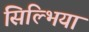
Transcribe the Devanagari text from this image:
सिल्भिया